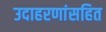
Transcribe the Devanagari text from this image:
उदाहरणांसहित